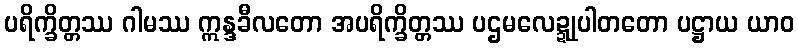
ပရိက္ခိတ္တဿ ဂါမဿ ဣန္ဒခီလတော အပရိက္ခိတ္တဿ ပဌမလေဍ္ဍုပါတတော ပဋ္ဌာယ ယာဝ